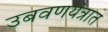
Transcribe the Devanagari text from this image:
उबवणयंत्रात